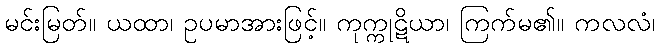
မင်းမြတ်။ ယထာ၊ ဥပမာအားဖြင့်။ ကုက္ကုဋိယာ၊ ကြက်မ၏။ ကလလံ၊